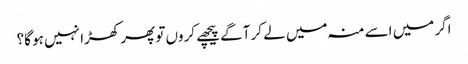
اگر میں اسے منہ میں لے کر آگے پیچھے کروں تو پھر کھڑا نہیں ہو گا؟